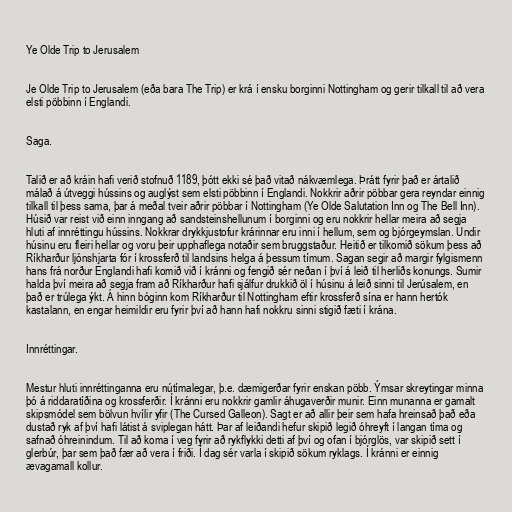
Ye Olde Trip to Jerusalem

Je Olde Trip to Jerusalem (eða bara The Trip) er krá í ensku borginni Nottingham og gerir tilkall til að vera
elsti pöbbinn í Englandi.

Saga.

Talið er að kráin hafi verið stofnuð 1189, þótt ekki sé það vitað nákvæmlega. Þrátt fyrir það er ártalið
málað á útveggi hússins og auglýst sem elsti pöbbinn í Englandi. Nokkrir aðrir pöbbar gera reyndar einnig
tilkall til þess sama, þar á meðal tveir aðrir pöbbar í Nottingham (Ye Olde Salutation Inn og The Bell Inn).
Húsið var reist við einn inngang að sandsteinshellunum í borginni og eru nokkrir hellar meira að segja
hluti af innréttingu hússins. Nokkrar drykkjustofur krárinnar eru inni í hellum, sem og bjórgeymslan. Undir
húsinu eru fleiri hellar og voru þeir upphaflega notaðir sem bruggstaður. Heitið er tilkomið sökum þess að
Ríkharður ljónshjarta fór í krossferð til landsins helga á þessum tímum. Sagan segir að margir fylgismenn
hans frá norður Englandi hafi komið við í kránni og fengið sér neðan í því á leið til herliðs konungs. Sumir
halda því meira að segja fram að Ríkharður hafi sjálfur drukkið öl í húsinu á leið sinni til Jerúsalem, en
það er trúlega ýkt. Á hinn bóginn kom Ríkharður til Nottingham eftir krossferð sína er hann hertók
kastalann, en engar heimildir eru fyrir því að hann hafi nokkru sinni stigið fæti í krána.

Innréttingar.

Mestur hluti innréttinganna eru nútímalegar, þ.e. dæmigerðar fyrir enskan pöbb. Ýmsar skreytingar minna
þó á riddaratíðina og krossferðir. Í kránni eru nokkrir gamlir áhugaverðir munir. Einn munanna er gamalt
skipsmódel sem bölvun hvílir yfir (The Cursed Galleon). Sagt er að allir þeir sem hafa hreinsað það eða
dustað ryk af því hafi látist á sviplegan hátt. Þar af leiðandi hefur skipið legið óhreyft í langan tíma og
safnað óhreinindum. Til að koma í veg fyrir að rykflykki detti af því og ofan í bjórglös, var skipið sett í
glerbúr, þar sem það fær að vera í friði. Í dag sér varla í skipið sökum ryklags. Í kránni er einnig
ævagamall kollur.